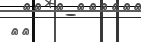
٤٢